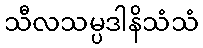
သီလသမ္ပဒါနိသံသံ